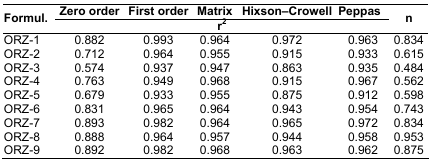
<table><thead><tr><td rowspan="3"><b>Formul.</b></td><td><b>Zero order</b></td><td><b>First order</b></td><td><b>Matrix</b></td><td><b>Hixson–Crowell</b></td><td><b>Peppas</b></td><td rowspan="3"><b>n</b></td></tr><tr><td colspan="5"><b>r<sup>2</sup></b></td></tr></thead><tbody><tr><td>ORZ-1</td><td>0.882</td><td>0.993</td><td>0.964</td><td>0.972</td><td>0.963</td><td>0.834</td></tr><tr><td>ORZ-2</td><td>0.712</td><td>0.964</td><td>0.955</td><td>0.915</td><td>0.933</td><td>0.615</td></tr><tr><td>ORZ-3</td><td>0.574</td><td>0.937</td><td>0.947</td><td>0.863</td><td>0.935</td><td>0.484</td></tr><tr><td>ORZ-4</td><td>0.763</td><td>0.949</td><td>0.968</td><td>0.915</td><td>0.967</td><td>0.562</td></tr><tr><td>ORZ-5</td><td>0.679</td><td>0.933</td><td>0.955</td><td>0.875</td><td>0.912</td><td>0.598</td></tr><tr><td>ORZ-6</td><td>0.831</td><td>0.965</td><td>0.964</td><td>0.943</td><td>0.954</td><td>0.743</td></tr><tr><td>ORZ-7</td><td>0.893</td><td>0.982</td><td>0.964</td><td>0.965</td><td>0.972</td><td>0.834</td></tr><tr><td>ORZ-8</td><td>0.888</td><td>0.964</td><td>0.957</td><td>0.944</td><td>0.958</td><td>0.953</td></tr><tr><td>ORZ-9</td><td>0.892</td><td>0.982</td><td>0.968</td><td>0.963</td><td>0.962</td><td>0.875</td></tr></tbody></table>